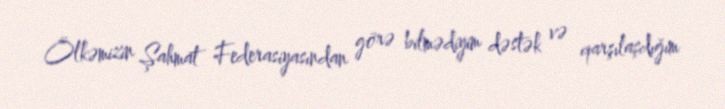
Ölkəmizin Şahmat Federasiyasından görə bilmədiyim dəstək və qarşılaşdığım